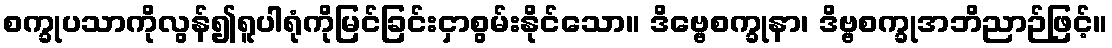
စက္ခုပသာကိုလွန်၍ရူပါရုံကိုမြင်ခြင်းငှာစွမ်းနိုင်သော။ ဒိဗ္ဗေစက္ခုနာ၊ ဒိဗ္ဗစက္ခုအဘိညာဉ်ဖြင့်။